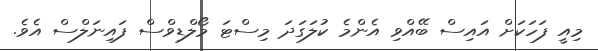
މިއީ ފަހަކަށް އައިސް ބޭއްވި އެންމެ ކުލަގަދަ މިސްޓަ މޯލްޑިވްސް ފައިނަލްސް އެވެ.